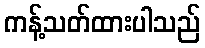
ကန့်သတ်ထားပါသည်